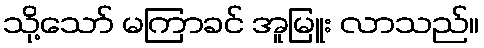
သို့သော် မကြာခင် အူမြူး လာသည်။